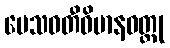
ပေသဝတီဝိမာနဝတ္ထု